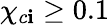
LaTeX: \chi_{c\mathbf{i}}\geq0.1